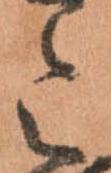
令